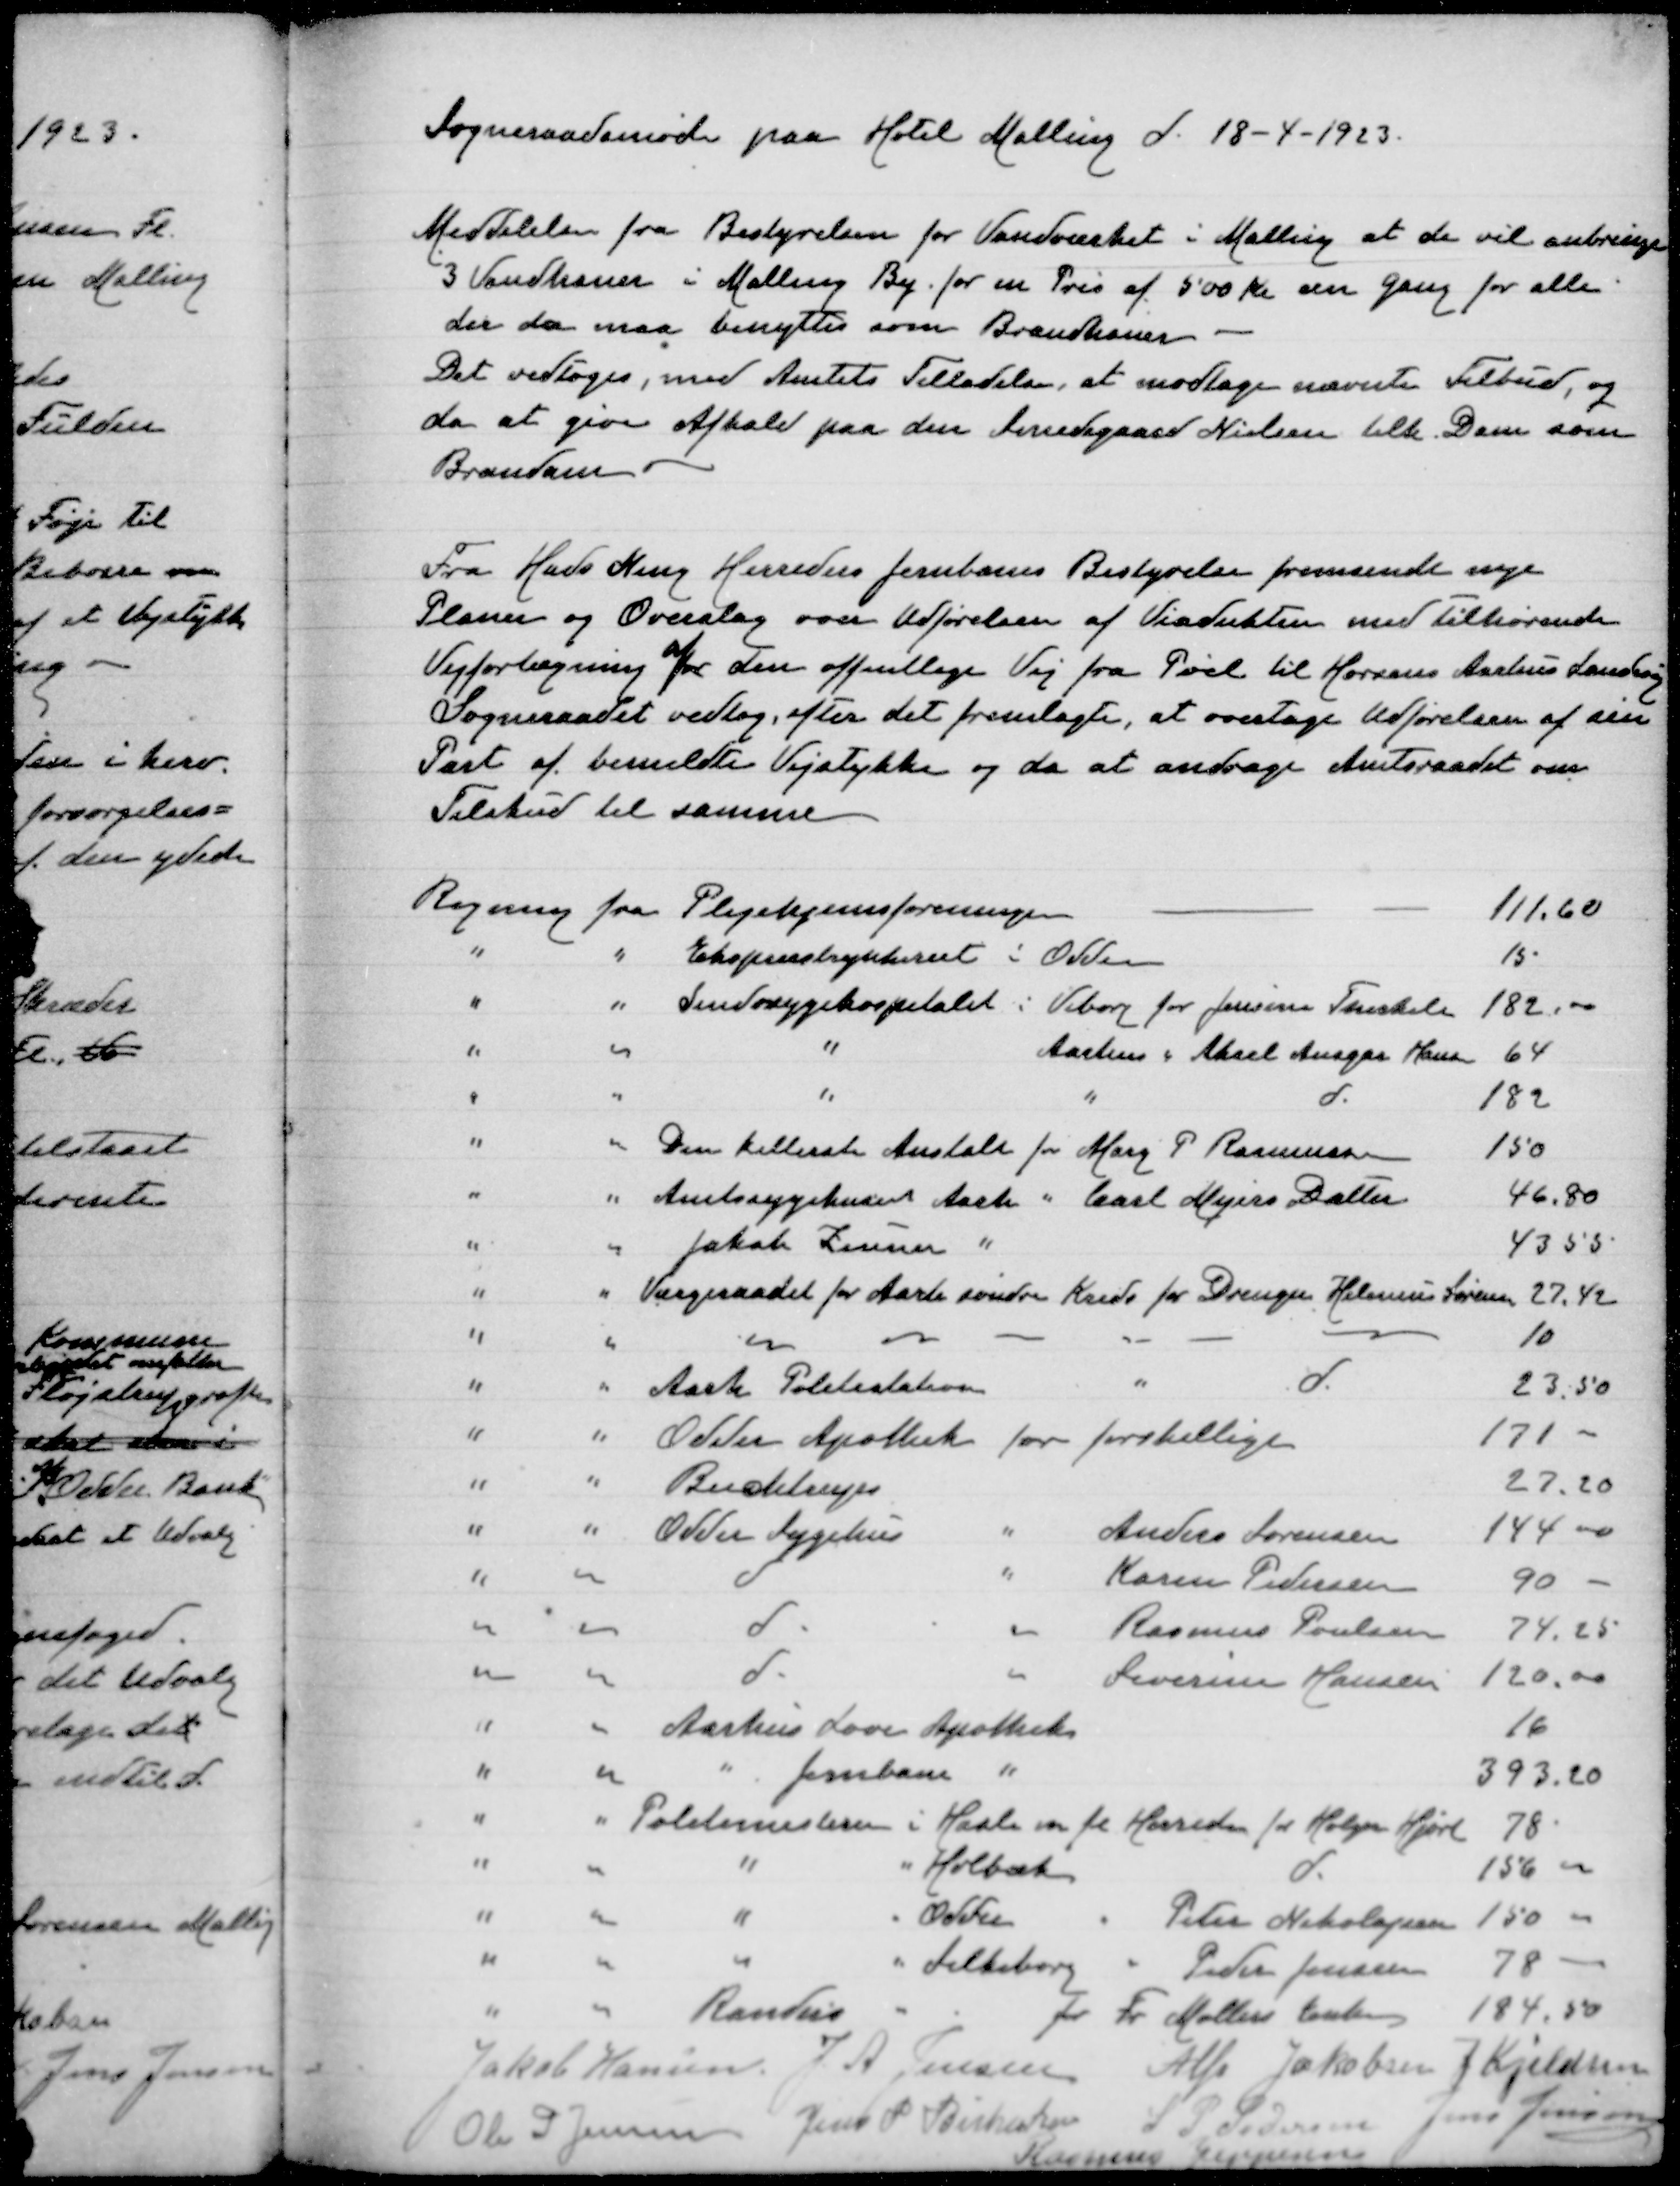
Transskription:
Sogneraadsmøde paa Hotel Malling d 18-4-1923

Meddelelse fra Bestyrelsen for Vandværket i Malling at de vil anbringe
3 Vandhaner i Malling By for en Pris af 500 Kr en Gang for alle
der da maa benyttes som Brandhaner
Det vedtoges, med Amtets Tilladelse at modtage nævnte Tilbud, og
da at give Afkald paa den Smedegaard Nielsen lille Dam som
Branddam

Fra Hads Ning Herreders Jernbanes Bestyrelse fremsendt nye
Planer og Overslag overUdførelsen af Viadukten med tilhørende
Vejforlægning af den offentlige Vej fra Pøel til Horsens Aarhus Landevej
Sogneraadet vedtog, efter det fremlagte, at overtage Udførelsenn af sin
Part af bemeldte Vejstykke og da at andrage Autoraadet om
Tilskud til samme

Regning fra Plejehjemsforeningen
111,60
" " Eksprestrykkeriet i Odder
15
" " Sindsygehospitalet i Viborg for Jensine Therkelsen
182,00
" " " Aarhus " Aksel Ansgar Hansen
64
" " " " d
182
" " Den kellerske Anstalt for Marg P Rasmussen
150
" " Amtssygehuset Aarh " Carl Mejers Datter
46,80
" " Jakob Zeuner "
43,55
" " Værgeraadet for Aarh søndre Kreds for Drengen Helenius Sørensen
27,42
" " - - - - - -
10
" " Aarh Politistation for d
23,50
" "  Odder Apothek for forskellige
171,00
" " Budetilsyn
27,20
" " Odder Sygehus " Anders Sørensen
144,00
" " d " Karen Pedersen
90,00
" " d " Rasmus Poulsen
74,25
" " d " Severine Hansen
120,00
" " Aarhus Løve Apothek
16
" " " Jernbane "
393,20
" " Politimesteren i Hasle m fl Herreder for Holger Hjort
78
" " " " Holbæk d
156,00
" " " " Odder " Peder Nikolajsen
150,00
" " " " Silkeborg " Peder Jensen
78,00
" " Randers for Fr Møllers Enke
184,50
Jakob Hansen
J A Jensen
Alfr Jakobsen
J Kjeldsen
Ole P Jensen
Jens P Birkeskov
S P Pedersen
Jens Jensen
Rasmus Jeppesen